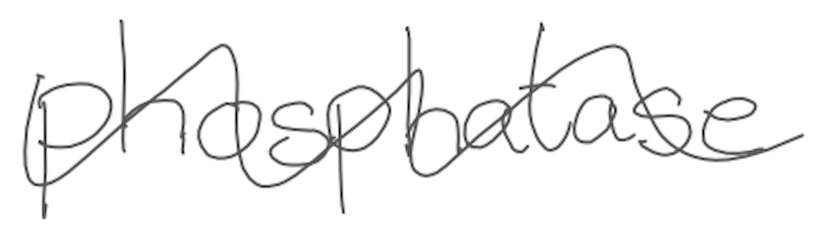
Text: phosphatase
Cross-out: wave
Writing tool: digital_gray